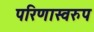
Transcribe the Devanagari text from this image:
परिणास्वरुप